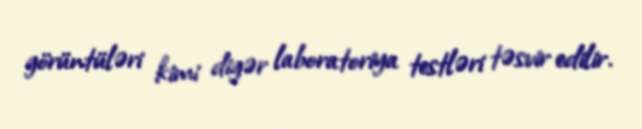
görüntüləri kimi digər laboratoriya testləri təsvir edilir.